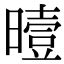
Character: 曀